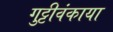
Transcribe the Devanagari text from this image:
गुट्टीवंकाया